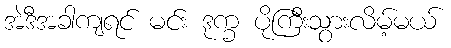
အဲဒီအခါကျရင် မင်း ဒုက္ခ ပိုကြီးသွားလိမ့်မယ်